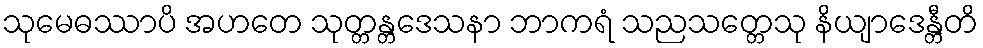
သုမေဓဿာပိ အဟတေ သုတ္တန္တဒေသနာ ဘာကရံ သညသတ္တေသု နိယျာဒေန္တီတိ